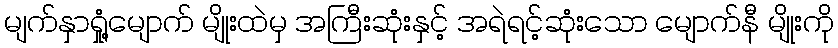
မျက်နှာရှုံ့မျောက် မျိုးထဲမှ အကြီးဆုံးနှင့် အရဲရင့်ဆုံးသော မျောက်နီ မျိုးကို